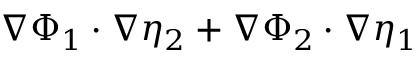
\nabla \Phi _ { 1 } \cdot \nabla \eta _ { 2 } + \nabla \Phi _ { 2 } \cdot \nabla \eta _ { 1 }